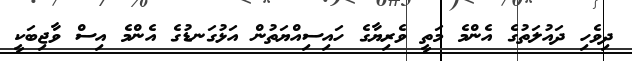
ދިވެހި ދައުލަތުގެ އެންމެ މަތީ ވެރިޔާގެ ހައިސިއްޔަތުން އަޅުގަނޑުގެ އެންމެ އިސް ވާޖިބަކީ